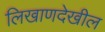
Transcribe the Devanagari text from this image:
लिखाणदेखील